Medical and sanitary report of the native army of Bengal for the year
Year: 1878
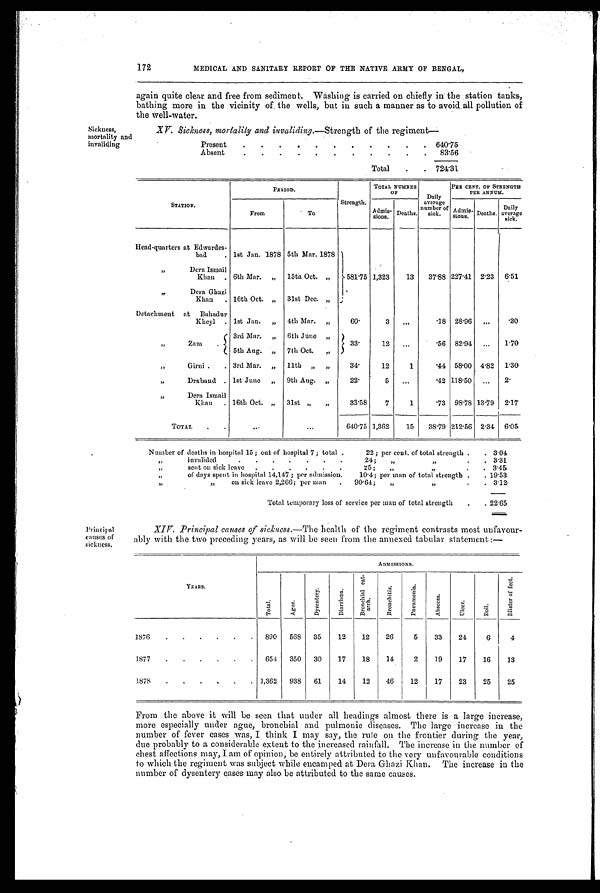
172
MEDICAL AND SANITARY REPORT OF THE NATIVE ARMY OF BENGAL,
Sickness,
mortality and
invaliding
again quite clear and free from sediment. Washing is carried on chiefly in the station tanks,
bathing more in the vicinity of, the wells, but in such a manner as to avoid, all pollution of
the well-water.
XV. Sickness, mortality and invaliding. —Strength of the regiment—
Present
.
.
.
.
.
.
.
.
.
.
.
640.75
Absent
.
.
.
.
.
.
.
.
.
.
.
83.56
Total
.
.
724.31.
STATION.
PERIOD.
Strength,
TOTAL OF NUMBER
Daily
average
number of
sick.
PER CENT. OF STRENGTH
PER ANNUM.
From
To
A d m i s i
s i o n s . Deaths.
Admis- s i o n s . Deaths.
Daily
average
sick.
Head-quarters at Edwardes-
bad
. 1st Jan. 1878 5th Mar. 1878
581.75 1,323
13
37.88 227.41 2.23 6.51
, ,
Dera Ismail
Khan
. 6th Mar. „ 15th Oct. ,,
, ,
Dera Ghazi
Khan . 16th Oct. „ 31st Dec. „
Detachment at Bahadur
Kheyl . 1st Jan. „ 4th Mar. „
60.
3
...
.18 28.96 ...
. 3 0
, ,
Zam
.
3rd Mar. „ 6th June „
33
.
12
...
56 82.94 ...
1.70
5th Aug. „ 7th Oct.
„
, ,
Girni .
. 3rd Mar. „ 11th „ „
34.
12
1
.44 58.00 4.82 1.30
, ,
Draband . 1st June „ 9th Aug. „
22.
5
...
.42 118. 50 ...
2'
, ,
Dera Ismail
Khan . 16th Oct. „ 31st „
„
33.58
7
1
.73 98.78 13.79
2.17
TOTAL
.
.
. . .
...
640.75 1,362
15
38.79 212. 56 2 . 34 6.05
Number of deaths in hospital 15; out of hospital 7; total .
22; per cent. of total strength .
. 3.04
, , invalided .
.
.
.
.
. .
24;
, ,
, , .
. 3 . 31
, , sent on sick leave .
.
.
.
.
.
25;
,
, , .
. 3.45
, , of days spent in hospital 14,147 ; per admission.
10.4; per man of total strength, .
. 19.53
, ,
,,
on sick leave 2,266; per man
.
90.64;
„
, ,
.
•
3.12
Total temporary loss of service per man of total strength
.
. 22.65
Principal
causes of
sickness.
XIV. Principal caues of sickness. —The health of the regiment contrasts most unfavour-
ably with the two preceding years, as will be seen from the annexed tabular statement:—
YEARS.
ADMISSIONS.
T o t a l
A g u e .
D y s e n t r y .
D i a r r h œ a
B r o c h i a l c a t t a r h .
B r o n c h i t i s .
P n e m o n i a .
A b s c e s s .
U l c e r .
B o i l .
B l i s t e r o f f e e t .
1876
.
.
.
.
.
.
890
568
35
12
12
26
5
33
24
6
4
1877
.
.
.
.
.
.
651
350
30
17
18
14
2
19
17
16
13
1878
.
. .
.
.
. 1,362
938
61
14
12
46
12
17
23
25
25
From the above it will be seen that under all headings almost there is a large increase,
more especially under ague, bronchial and pulmonic diseases. The large increase in the
number of fever cases was, I think I may say, the rule on the frontier during the year,
due probably to a considerable extent to the increased rainfall. The increase in the number of
chest affections may, I am of opinion, be entirely attributed to the very unfavourable conditions
to which the regiment was subject while encamped at Dera Ghazi Khan. The increase in the
number of dysentery cases may also. be attributed to the same causes.